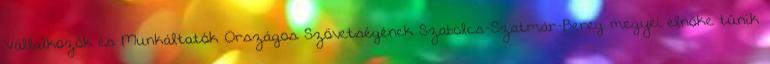
Vállalkozók és Munkáltatók Országos Szövetségének Szabolcs-Szatmár-Bereg megyei elnöke tűnik